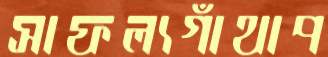
সাফল্যগাঁথাপ